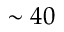
\sim 4 0